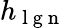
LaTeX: h_{\mathrm{~l~g~n~}}